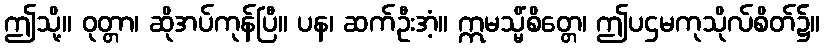
ဤသို့။ ဝုတ္တာ၊ ဆိုအပ်ကုန်ပြီ။ ပန၊ ဆက်ဦးအံ့။ ဣမသ္မိံစိတ္တေ၊ ဤပဌမကုသိုလ်စိတ်၌။